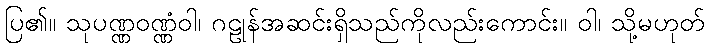
ပြ၏။ သုပဏ္ဏဝဏ္ဏံဝါ၊ ဂဠုန်အဆင်းရှိသည်ကိုလည်းကောင်း။ ဝါ၊ သို့မဟုတ်